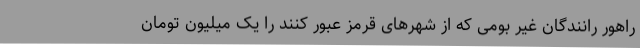
راهور رانندگان غیر بومی که از شهرهای قرمز عبور کنند را یک میلیون تومان